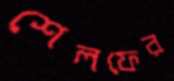
শেলফের